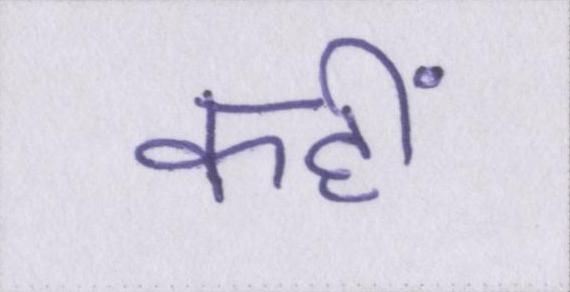
कहीं